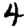
Digit: 4